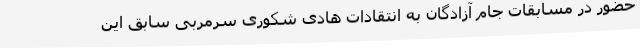
حضور در مسابقات جام آزادگان به انتقادات هادی شکوری سرمربی سابق این